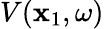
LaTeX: V(\mathbf{x}_{1},\omega)